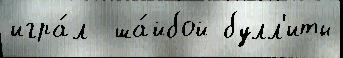
игра́л  ша́йбой булл'иты